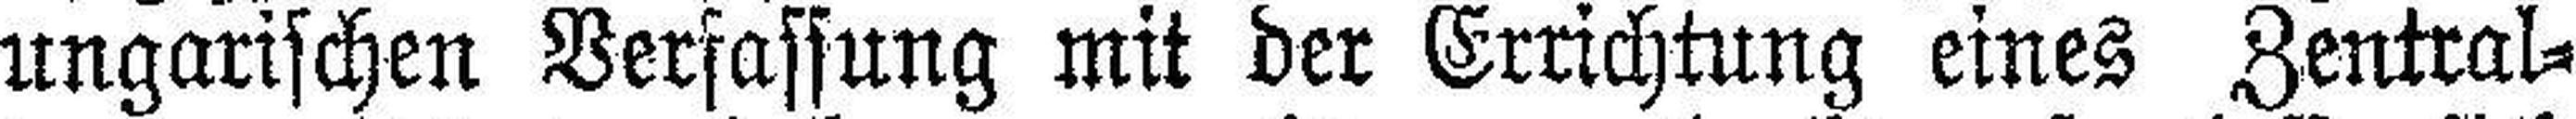
ungarischen Verfassung mit der Errichtung eines Zentral¬